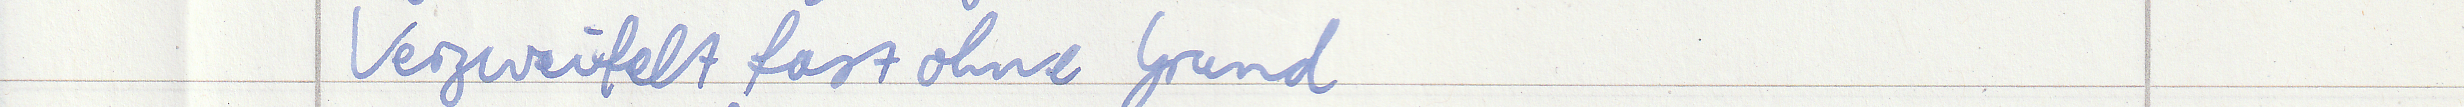
Verzweifelt fast ohne Grund